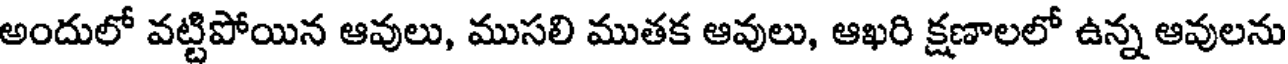
అందులో వట్టిపోయిన ఆవులు, ముసలి ముతక ఆవులు, ఆఖరి క్షణాలలో ఉన్న ఆవులను